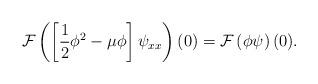
LaTeX: \begin{align*}\mathcal{F}\left( \left[ \frac{1}{2}\phi^{2}-\mu\phi\right]\psi_{xx}\right)(0)= \mathcal{F}\left(\phi \psi\right)(0).\end{align*}